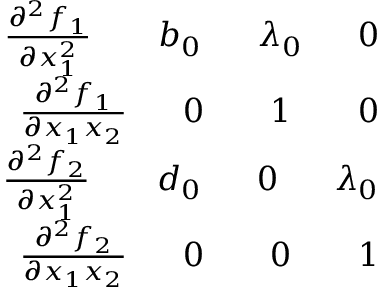
\begin{array} { r } { \frac { \partial ^ { 2 } f _ { 1 } } { \partial x _ { 1 } ^ { 2 } } \ \ \ \ \ \ b _ { 0 } \ \ \ \ \ \lambda _ { 0 } \ \ \ \ \ 0 } \\ { \frac { \partial ^ { 2 } f _ { 1 } } { \partial x _ { 1 } x _ { 2 } } \ \ \ \ \ 0 \ \ \ \ \ \ 1 \ \ \ \ \ \ 0 } \\ { \frac { \partial ^ { 2 } f _ { 2 } } { \partial x _ { 1 } ^ { 2 } } \ \ \ \ \ \ d _ { 0 } \ \ \ \ \ 0 \ \ \ \ \ \lambda _ { 0 } } \\ { \frac { \partial ^ { 2 } f _ { 2 } } { \partial x _ { 1 } x _ { 2 } } \ \ \ \ \ 0 \ \ \ \ \ \ 0 \ \ \ \ \ \ 1 } \end{array}